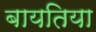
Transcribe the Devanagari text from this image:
बायतिया